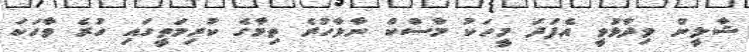
ޝާލީން ވިދާޅުވީ އެފަދަ މީހަކު މާސްކް ނާޅާހުރެ ތިމާގެ ކުރިމަތީގައި ހުރެ ވާހަކަ